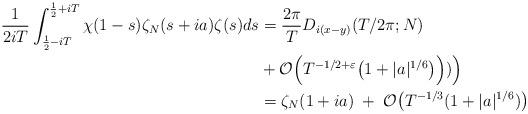
LaTeX: \begin{align*}\frac{1}{2iT}\int_{\frac{1}{2}-iT}^{\frac{1}{2}+iT}\chi(1-s)\zeta_N(s+ia)\zeta(s)ds&= \frac{2\pi}{T}D_{i(x-y)}(T/2\pi;N)\\& +\mathcal{O}\Big(T^{-1/2+\varepsilon}\big( 1+ |a|^{1/6}\big)\Big))\Big)\\ &=\zeta_N(1+ia) \;+\; \mathcal{O}\big(T^{-1/3}(1+|a|^{1/6})\big)\end{align*}